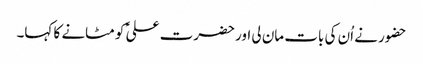
حضور نے اُن کی بات مان لی اور حضرت علی ؑ کو مٹانے کا کہا۔